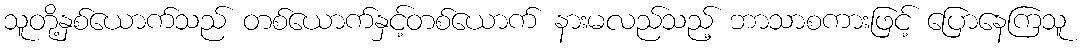
သူတို့နှစ်ယောက်သည် တစ်ယောက်နှင့်တစ်ယောက် နားမလည်သည့် ဘာသာစကားဖြင့် ပြောနေကြသူ